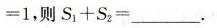
= 1$$，则 $$S _ { 1} + S _ { 2 } =$$ ___.